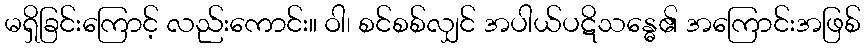
မရှိခြင်းကြောင့် လည်းကောင်း။ ဝါ၊ စင်စစ်လျှင် အပါယ်ပဋိသန္ဓေ၏ အကြောင်းအဖြစ်